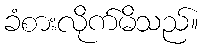
ခံစားလိုက်မိသည်။